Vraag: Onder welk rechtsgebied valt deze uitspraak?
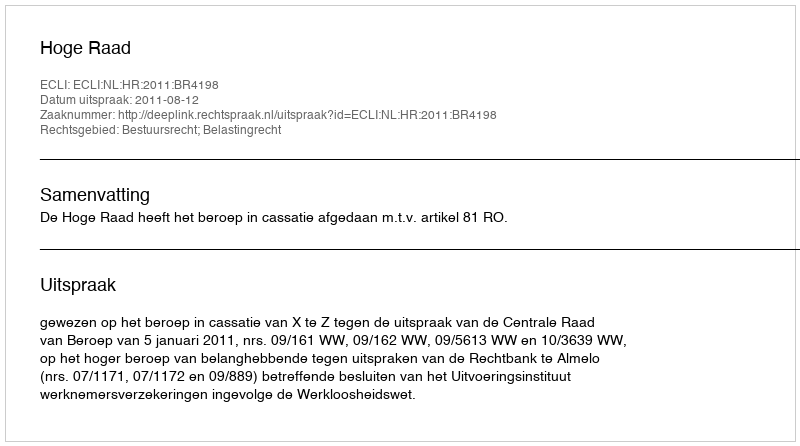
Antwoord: Bestuursrecht; Belastingrecht